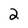
Character: 2